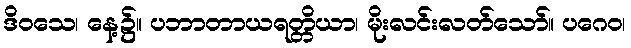
ဒိဝသေ၊ နေ့၌။ ပဘာတာယရတ္တိယာ၊ မိုးလင်းလတ်သော်။ ပဂေဝ၊